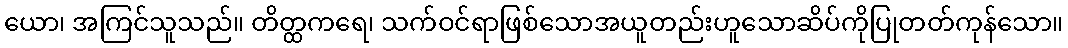
ယော၊ အကြင်သူသည်။ တိတ္ထကရေ၊ သက်ဝင်ရာဖြစ်သောအယူတည်းဟူသောဆိပ်ကိုပြုတတ်ကုန်သော။